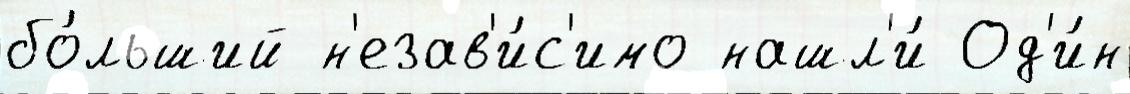
бо́льший н'езав'и́с'имо нашл'и́ Од'и́н